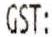
GST: